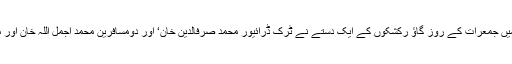
بہار میں اس نوعیت کا یہ پہلا اوقعہ ہے‘ضلع بھوجپور کے شاہ پور علاقے میں جمعرات کے روز گاؤ رکشکوں کے ایک دستے نے ٹرک ڈرائیور محمد صرفالدین خان‘ اور دومسافرین محمد اجمل اللہ خان اور محمد غلام خان کو بیف منتقل کرنے کے شبے میں نے تحاشہ زدکوب کیاتھا۔